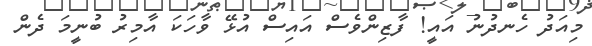
މިއަދު ހެނދުނު އައީ! ފާޒިންވެސް އައިސް އުޅޭ ވާހަކަ އާމިރު ބުނީމަ ދެން